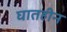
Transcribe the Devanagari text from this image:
घातहीन